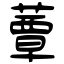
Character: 蕈